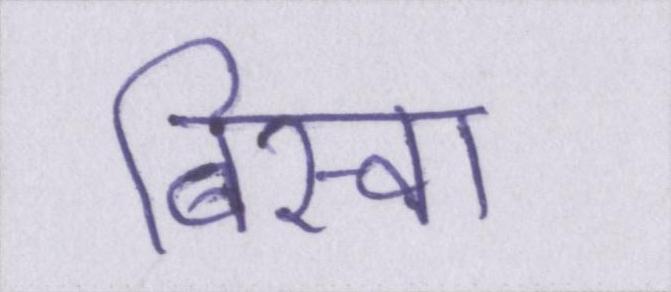
बिस्वा